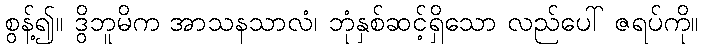
စွန့်၍။ ဒွိဘူမိက အာသနသာလံ၊ ဘုံနှစ်ဆင့်ရှိသော လည်ပေါ် ဇရပ်ကို။